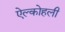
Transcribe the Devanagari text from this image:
ऐल्कोहली